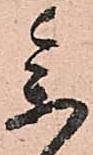
参